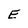
Character: E